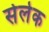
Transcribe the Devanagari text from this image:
सेलेक